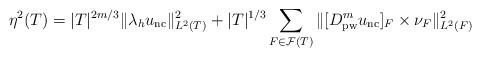
LaTeX: \begin{align*}\eta^2(T) = |T|^{2{m}/3}\Vert \lambda_h u_{\mathrm{nc}} \Vert^2_{L^2(T)}+|T|^{1/3}\sum_{F\in\mathcal{F}(T)}\Vert [{D}^{m}_{\mathrm{pw}} u_{\mathrm{nc}}]_F\times \nu_F\Vert^2_{L^2(F)} \end{align*}